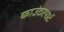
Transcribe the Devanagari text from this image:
काउंटरपार्ट